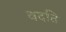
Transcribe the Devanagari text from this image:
वदति